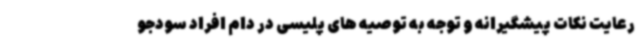
رعایت نکات پیشگیرانه و توجه به توصیه های پلیسی در دام افراد سودجو